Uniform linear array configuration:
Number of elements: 12
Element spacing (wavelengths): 1
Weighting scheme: uniform
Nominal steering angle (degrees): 60
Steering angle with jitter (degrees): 61.812
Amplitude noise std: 0.05
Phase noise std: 0.05

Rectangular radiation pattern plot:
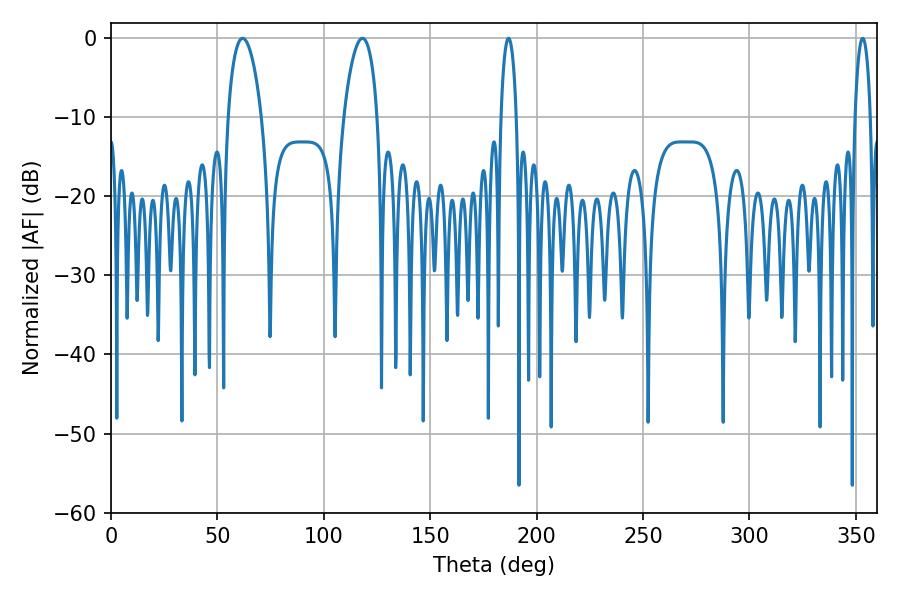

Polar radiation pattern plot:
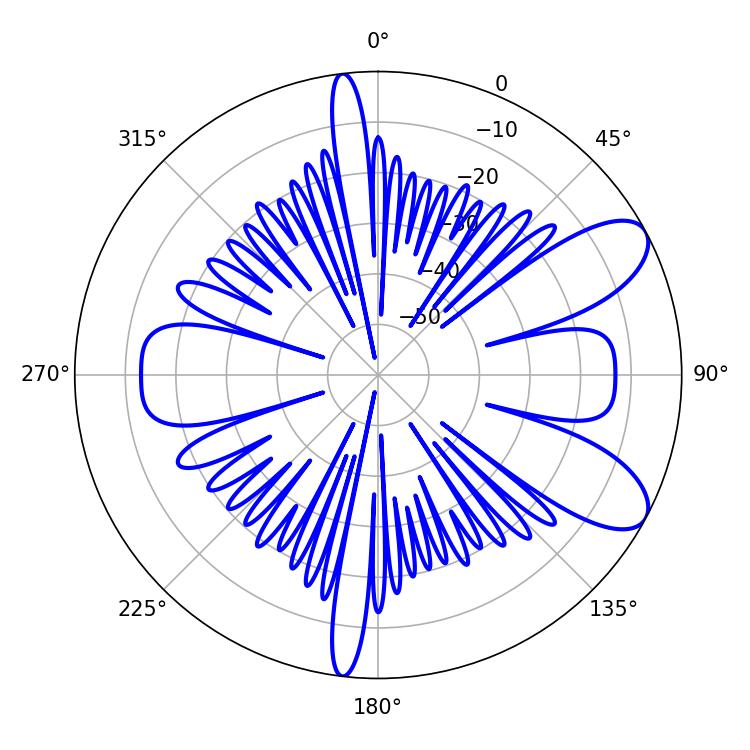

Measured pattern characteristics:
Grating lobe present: TRUE
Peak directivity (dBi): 8.742
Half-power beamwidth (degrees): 8.82
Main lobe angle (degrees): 61.92